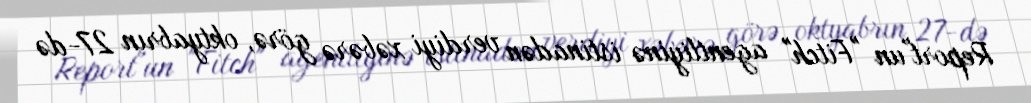
Report"un "Fitch" agentliyinə istinadən verdiyi xəbərə görə, oktyabrın 27-də